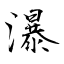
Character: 瀑